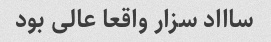
ساااد سزار واقعا عالی بود